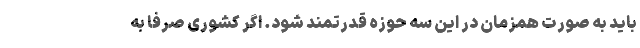
باید به صورت همزمان در این سه حوزه قدرتمند شود. اگر کشوری صرفا به